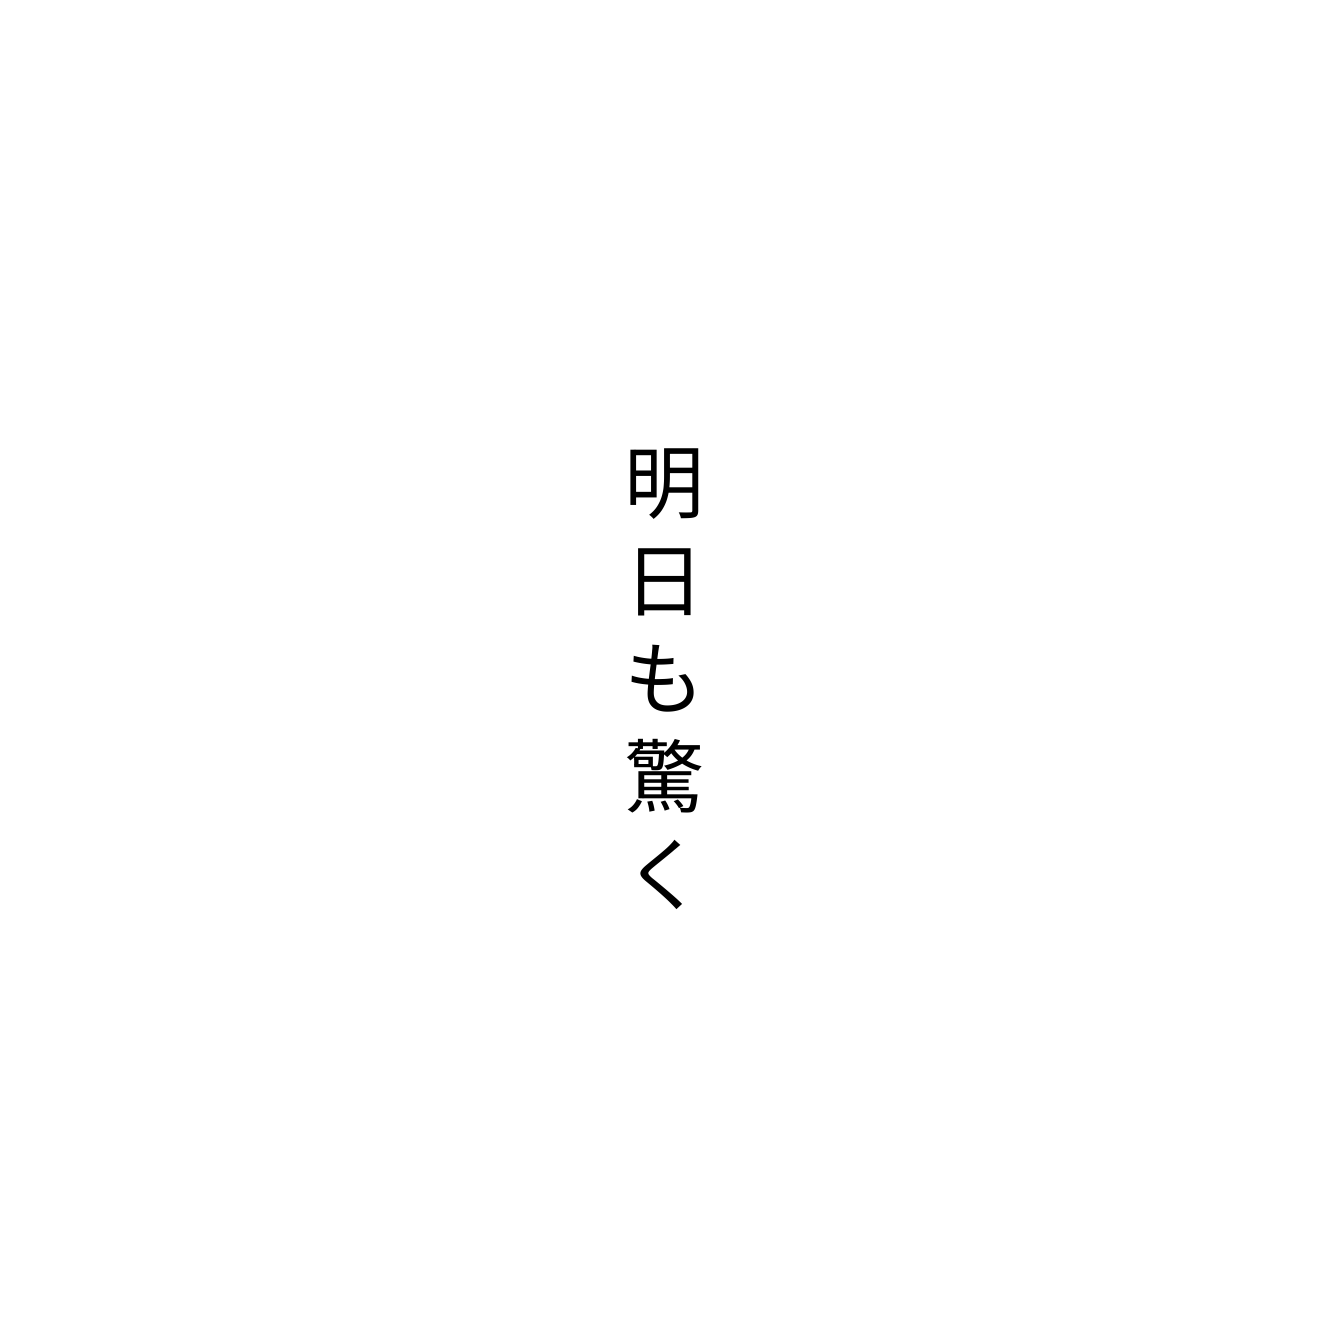
明日も驚く